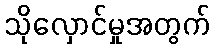
သိုလှောင်မှုအတွက်